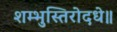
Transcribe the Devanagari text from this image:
शम्भुस्तिरोदधे॥